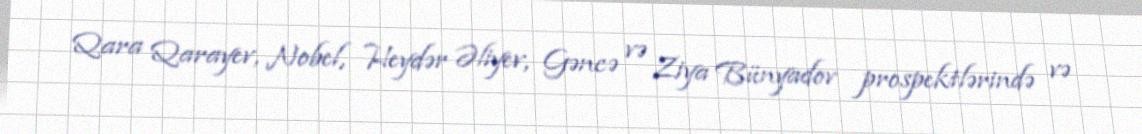
Qara Qarayev, Nobel, Heydər Əliyev, Gəncə və Ziya Bünyadov prospektlərində və